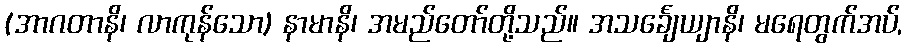
(အာဂတာနိ၊ လာကုန်သော) နာမာနိ၊ အမည်တော်တို့သည်။ အသင်္ချေယျာနိ၊ မရေတွက်အပ်,